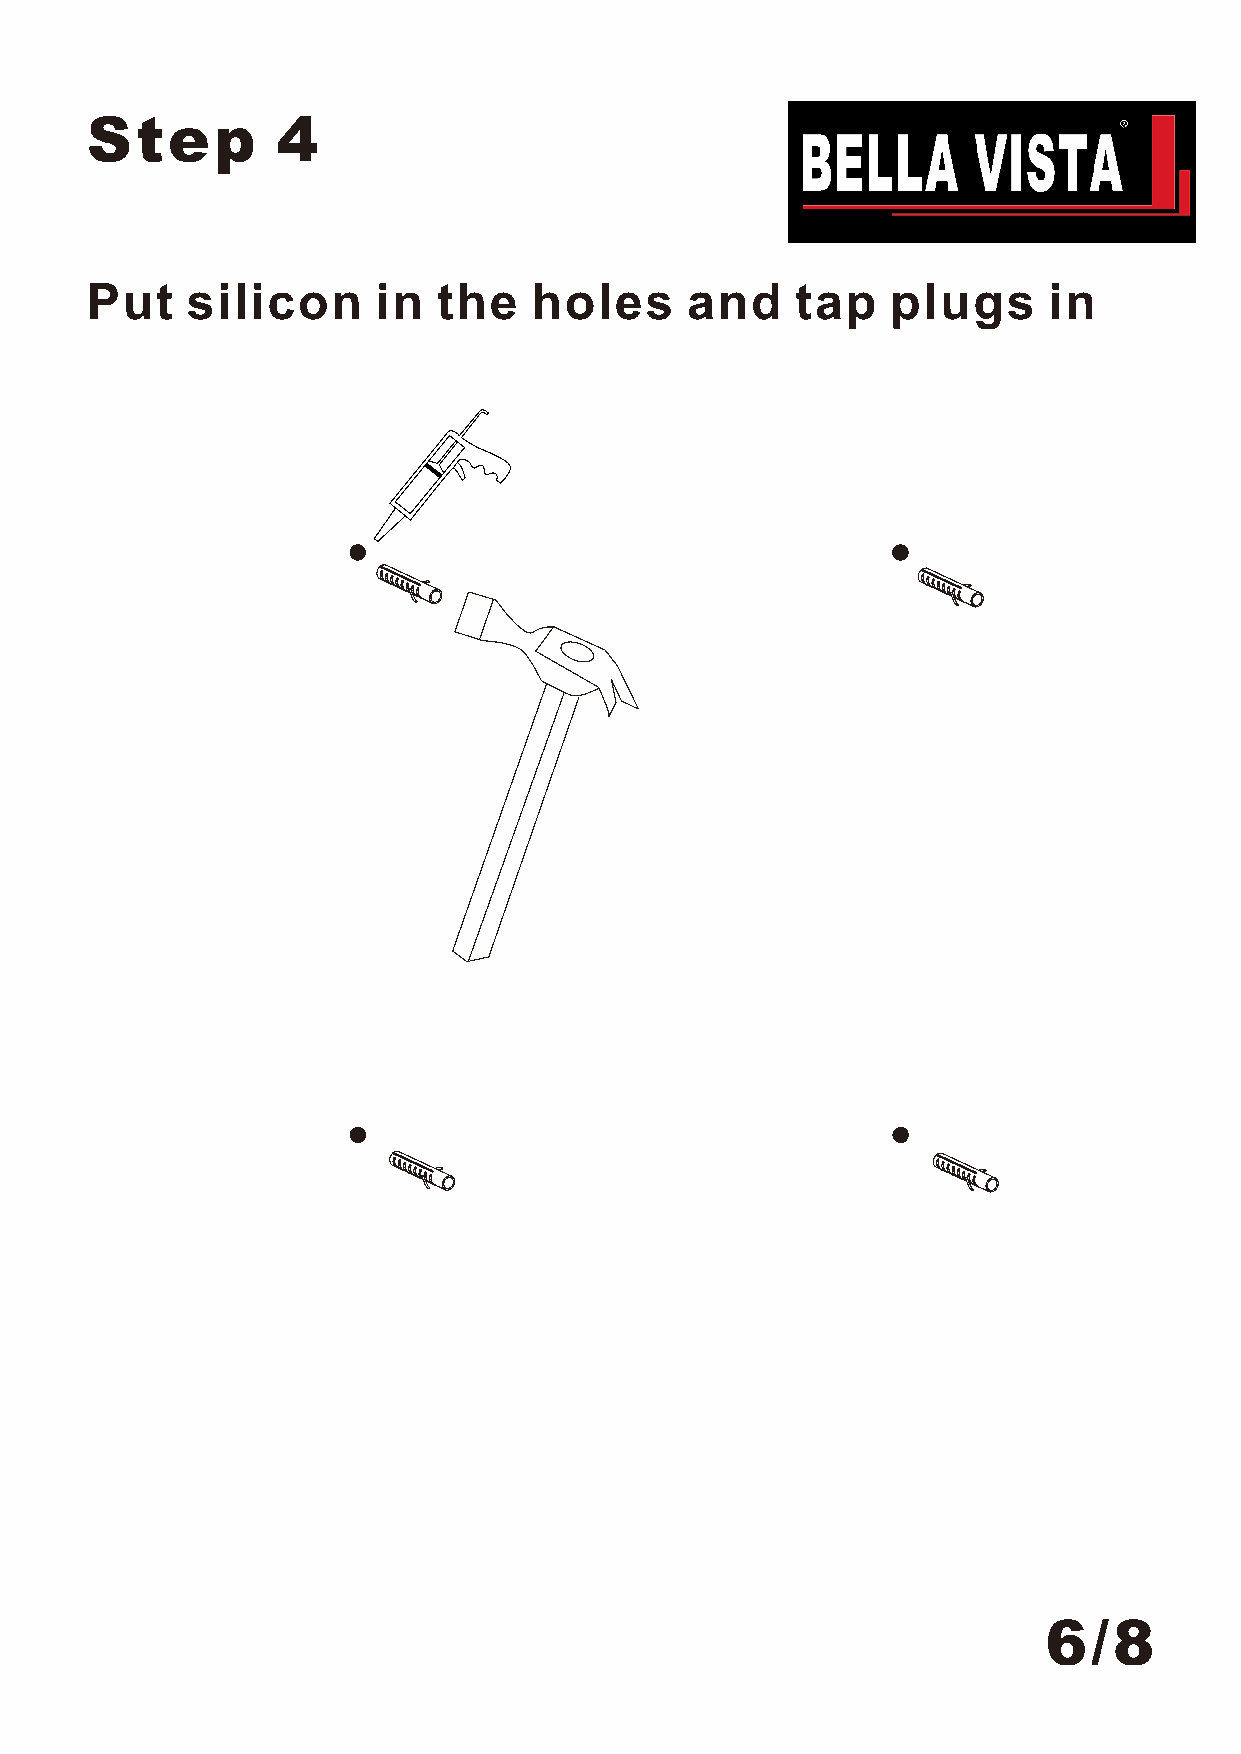
Step        4
 Put   silicon      in  the   holes     and     tap   plugs     in
 6/8